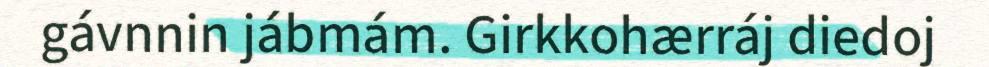
gávnnin jábmám. Girkkohærráj diedoj